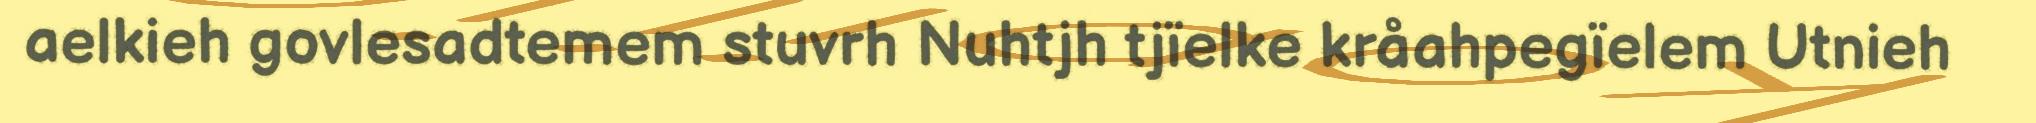
aelkieh govlesadtemem stuvrh Nuhtjh tjïelke kråahpegïelem Utnieh